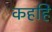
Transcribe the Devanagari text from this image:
कहहि